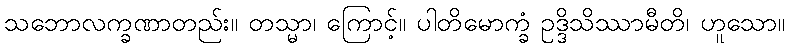
သဘောလက္ခဏာတည်း။ တသ္မာ၊ ကြောင့်။ ပါတိမောက္ခံ ဥဒ္ဒိသိဿာမီတိ၊ ဟူသော။